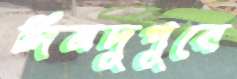
দিনদুপুরে